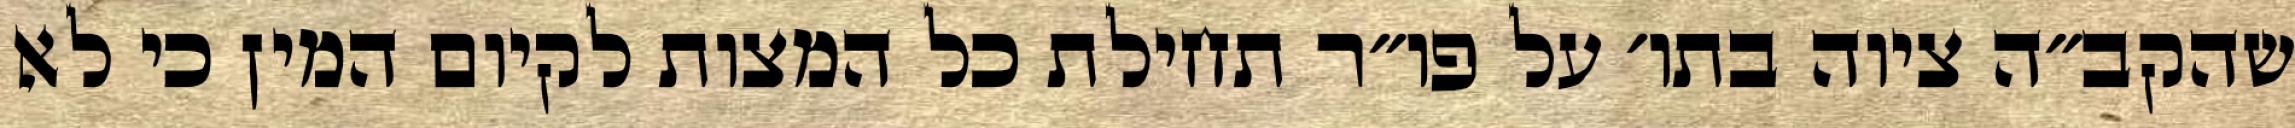
שהקב״ה ציוה בתו׳ על פו״ר תחילת כל המצות לקיום המין כי לא